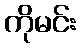
ကိုမင်း